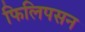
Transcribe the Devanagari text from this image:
फिलिपसन